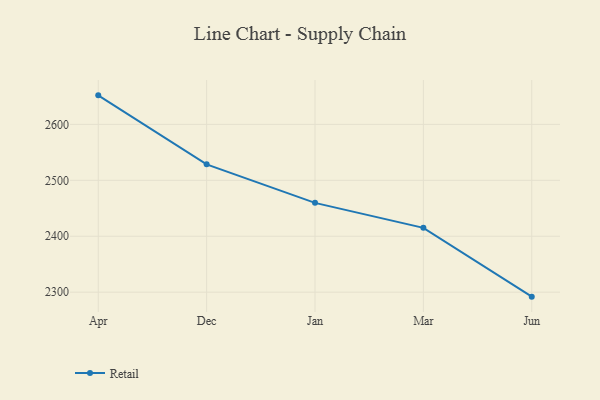
{"axis": {"x": "Month", "y": "Active Users"}, "legend": ["Retail"], "data": [{"x": "Apr", "y": 2651.9, "type": "Retail"}, {"x": "Dec", "y": 2528.5, "type": "Retail"}, {"x": "Jan", "y": 2459.7, "type": "Retail"}, {"x": "Mar", "y": 2415.0, "type": "Retail"}, {"x": "Jun", "y": 2292.0, "type": "Retail"}]}